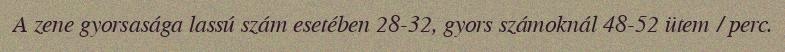
A zene gyorsasága lassú szám esetében 28-32, gyors számoknál 48-52 ütem / perc.